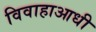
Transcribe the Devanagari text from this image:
विवाहाआधी